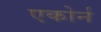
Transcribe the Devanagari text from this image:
एकोर्न